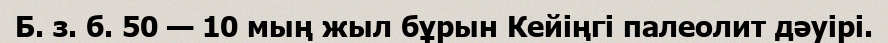
Б. з. б. 50 — 10 мың жыл бұрын Кейіңгі палеолит дәуірі.